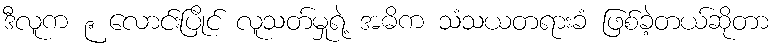
ဒီလူက ၉ လောင်းပြိုင် လူသတ်မှုရဲ့ အဓိက သံသယတရားခံ ဖြစ်ခဲ့တယ်ဆိုတာ